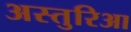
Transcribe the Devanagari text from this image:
अस्तुरिआ